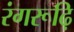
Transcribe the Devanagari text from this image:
रंगरूढ़ि